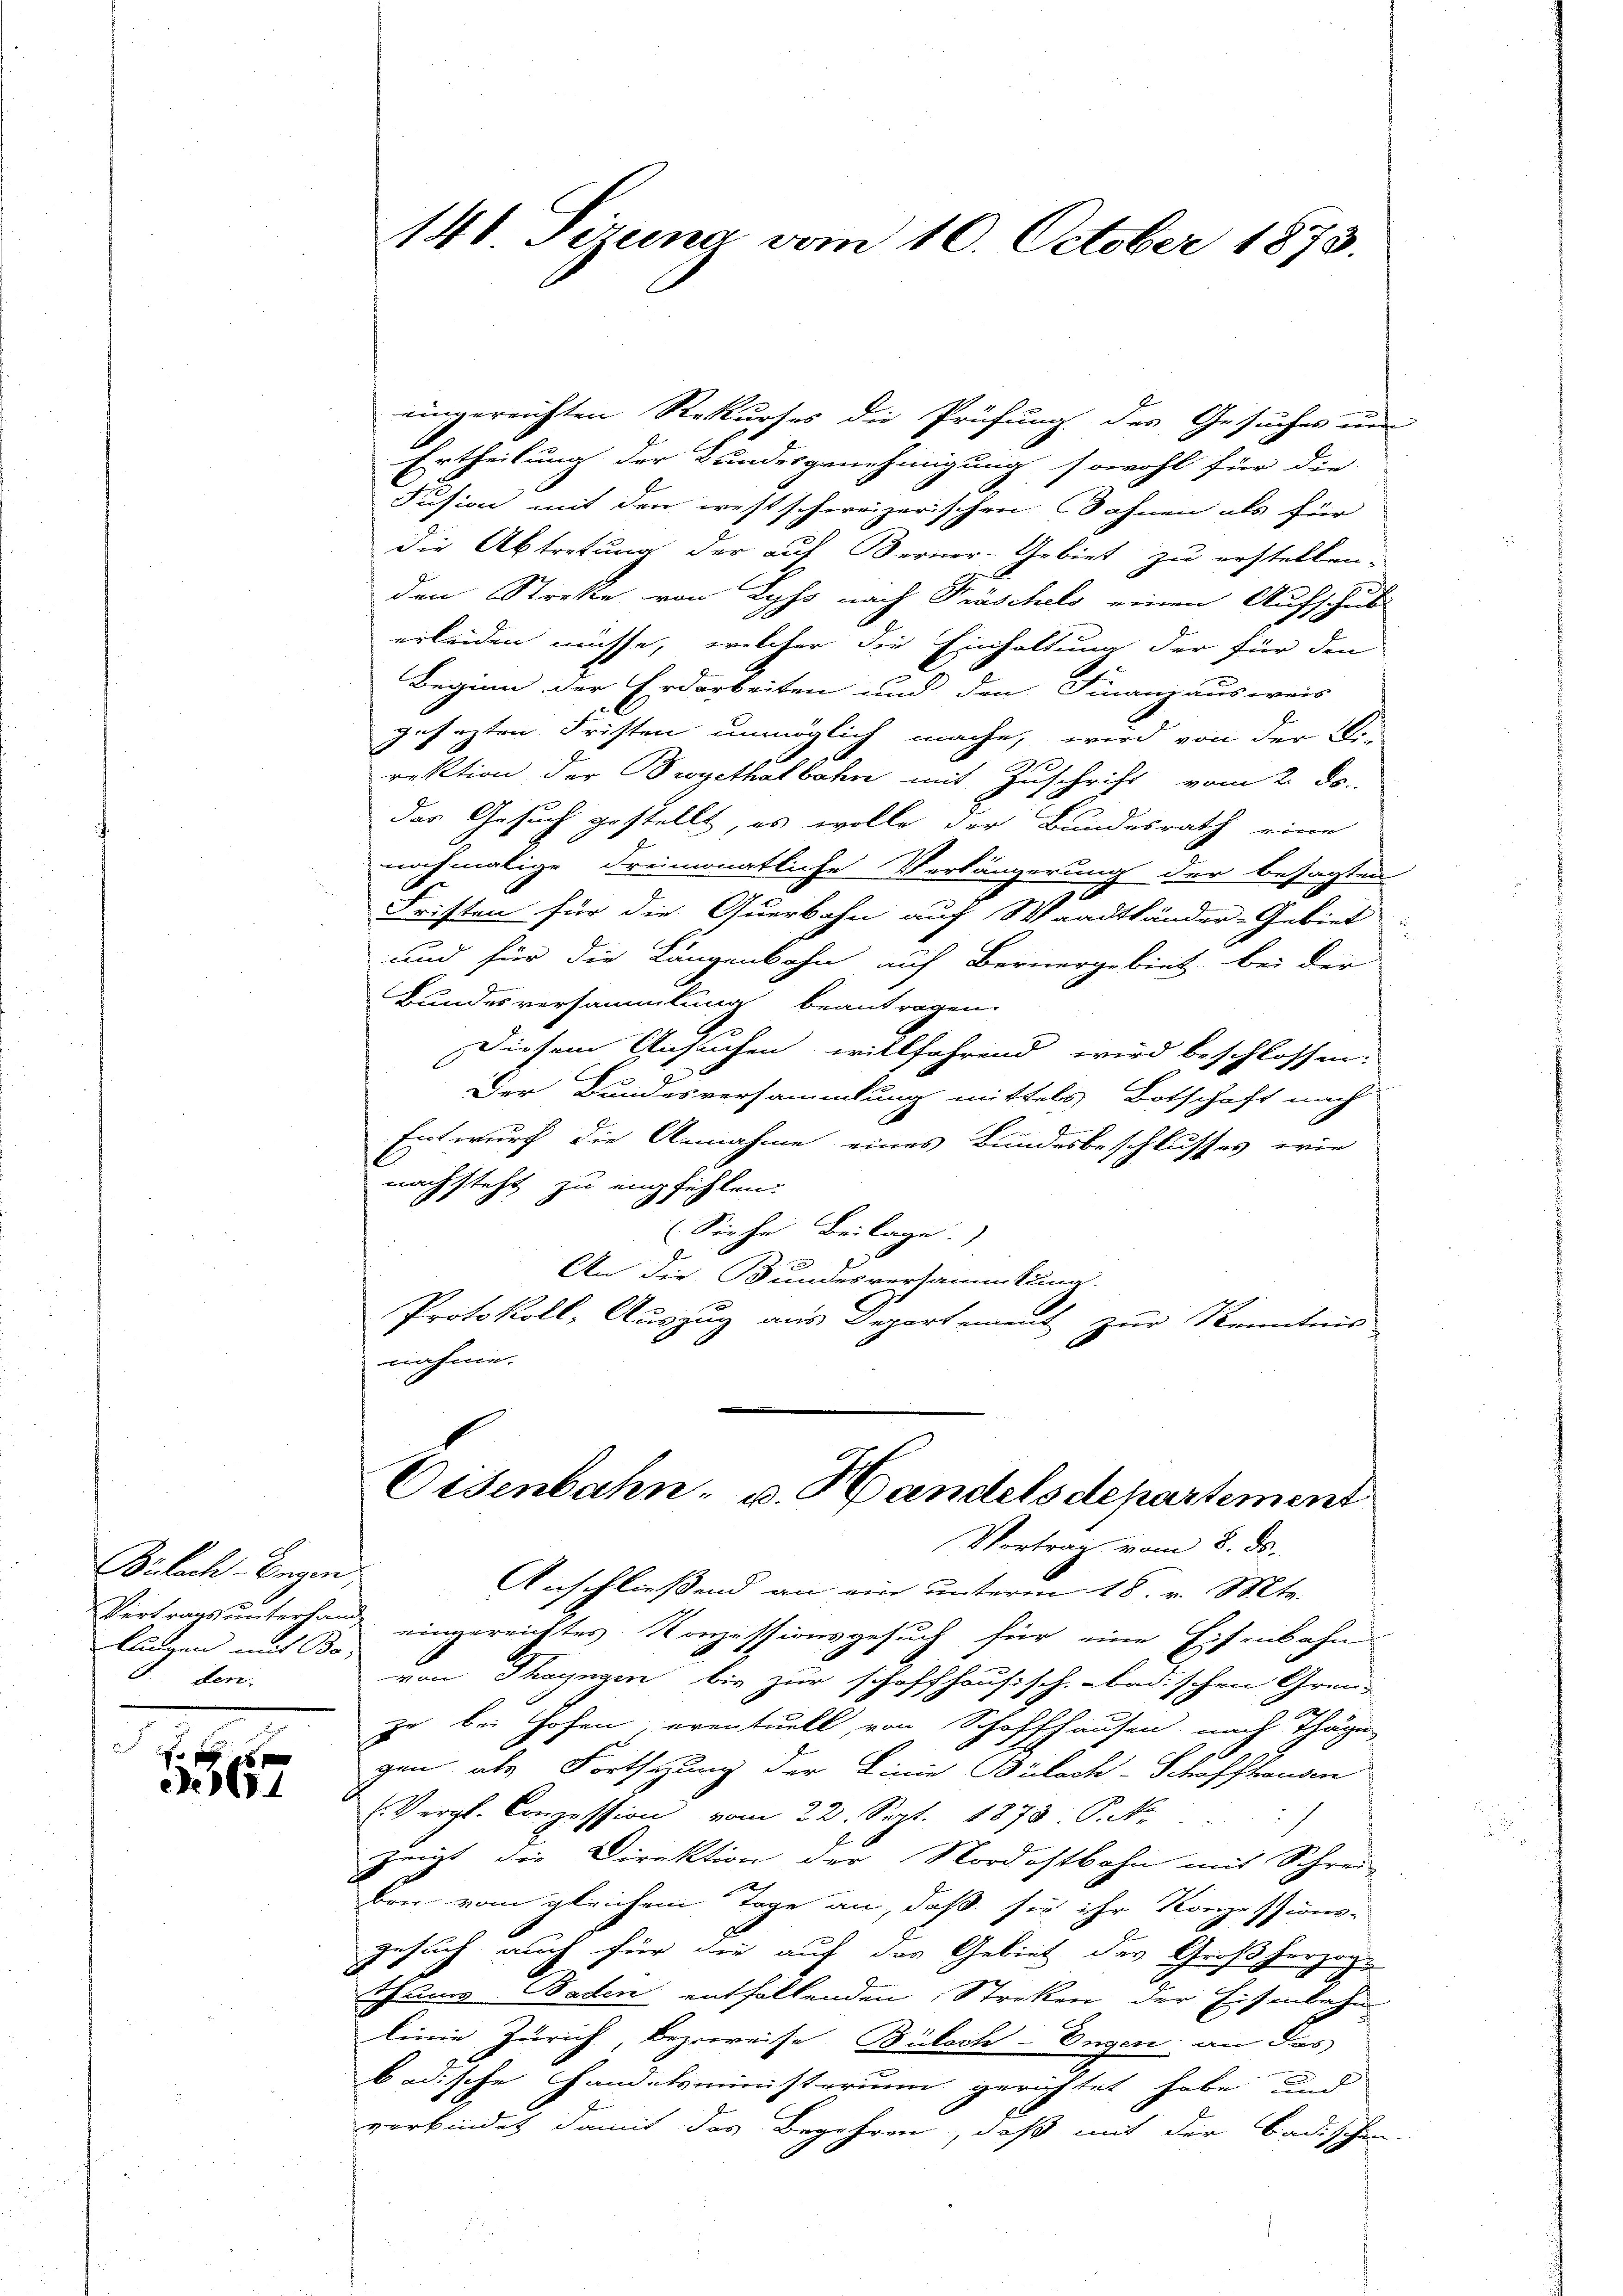
Piloch-Eigen,
lungen mit Bo;
8. den

6

141. Sizeia vom 10. October 1873.

eingereichten Rekurses die Prüfung des Gesuches un
Ertheilung der Bundesgenehmigung sowohl für die |
Fusion mit den westschweizerischen Sohnen als für
die Abtretung der auf Berner-Gebiet zu erstellen.
1
den Streke von Lyss nach Fröschels einen Aufschub
erleiden müsse, welcher die Einhaltung der für den
Beginn der Erdarbeiten und den Finanzausweis
gesezten Fristen unmöglich mache, wird von der Wi
rektion der Begethalbahn mit Zuschrift vom 2. Dr.
das Gesuch gestellt, es wolle der Bundesrath eine
nochmalige dreimonatliche Verlängerung der besagten
7
Fristen für die Querbahn auf Waadtländer-Gebiet
und für die Längenbahn auf Bernergebiet bei der
Bundesversammlung beantragen.
Diesem Ansuchen willfahrend wird beschlossen:
¬
Der Bundesversammlung mittels Botschaft nach
fet wurf die Annahme eines Bundesbeschlusses, wie
nachsteht zu empfehlen.
(Siehe Beilage.
u
An die Bundesversammlung.
Protokoll, Auszug aus Departement zur Kenntnis
nahme.

Eisenbahn- u. Handels departement
Vertrag vom 8. ds.

Anschließend an ein unterm 18. v. Mts.
Vertragsunterhang eingereichtes Konzessionsgesuch für eine Eisenbahn-
von Thayngen bis zur schaffhausisch-badischen Gren-
zu bei Hofen, eventuell von Schaffhausen nach Thäger
gen als Fortsetzung der Linie Bülach-Schaffhausen
e. Cession vom 22. Sept. 1878. P. Nr.
zeigt, die Direktion der Nordostbahn mit Schrei-
ben vom gleichem Tage an, daß sich ihr Konzessions-
gesuch auch für die auf der Gebiet des Großherzoge
thung. Baden entfallenden Streken der Eisenbahn
leine Zürich, Bezerreise Bülach-Engen an das
badische Handelsministerium gerichtet habe und
verbindet damit das Begehren, daß mit der Badischen